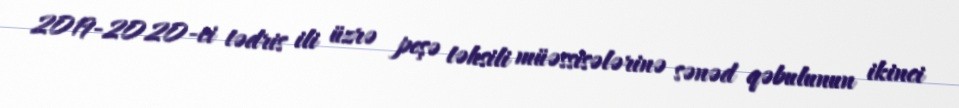
2019-2020-ci tədris ili üzrə peşə təhsili müəssisələrinə sənəd qəbulunun ikinci